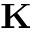
\mathbf { K }